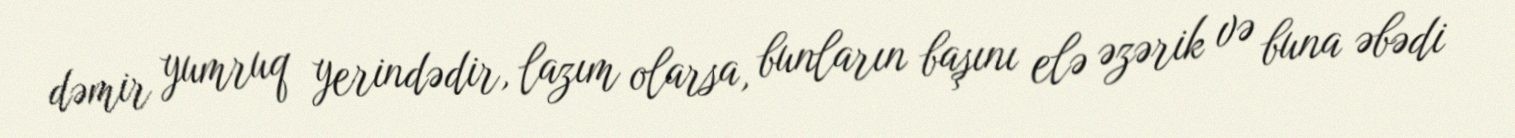
dəmir yumruq yerindədir, lazım olarsa, bunların başını elə əzərik və buna əbədi